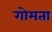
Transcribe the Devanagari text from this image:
गोमता